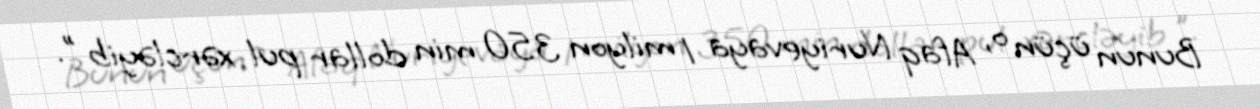
Bunun üçün o, Afaq Nuriyevaya 1 milyon 350 min dollar pul xərcləyib ".